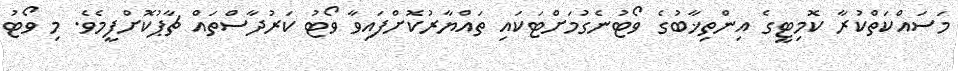
މަސައްކަތްކުރާ ކޮމިޓީގެ އިންތިޚާބުގެ ވޯޓުނެގުމަށްޓަކައި ތައްޔާރުކޮށްފައިވާ ވޯޓު ކަރުދާސްތައް ޗާޕުކޮށްފީމެވެ. މި ވޯޓު